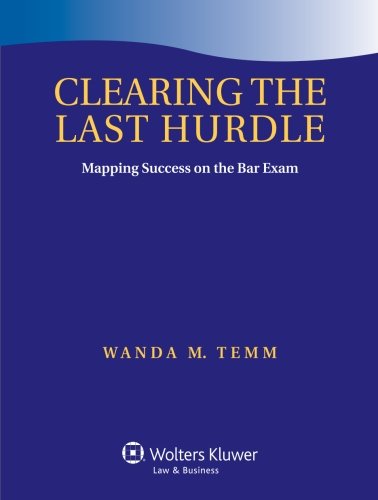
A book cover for Clearing the Last Hurdle: Mapping Success on the Bar Exam; Wanda M. Temm; Test Preparation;